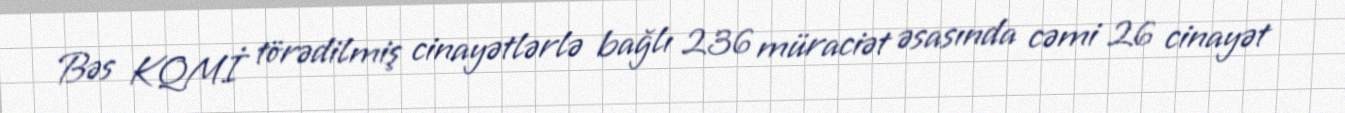
Bəs KQMİ törədilmiş cinayətlərlə bağlı 236 müraciət əsasında cəmi 26 cinayət